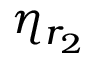
\eta _ { r _ { 2 } }